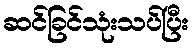
ဆင်ခြင်သုံးသပ်ပြီး